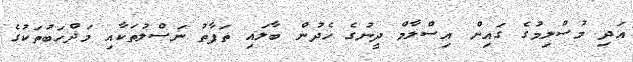
އަދި މުސްލިމުގެ ގައިން އިސްލާމް ދީނުގެ ހެދުން ބާލައި ތަފާތު ނަސްލުތަކާއި މަޛްހަބުތަކުގެ